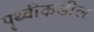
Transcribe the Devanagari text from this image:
पॄथ्वीकडील